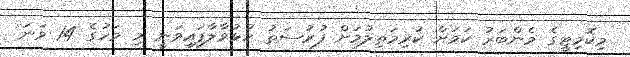
މިކޮމިޓީގެ މެންބަރު ކަމަށް ކުރިމަތިލުމަށް ފުރުސަތު ހުޅުވާލާފައިވަނީ މި މަހުގެ 14 ވަނަ